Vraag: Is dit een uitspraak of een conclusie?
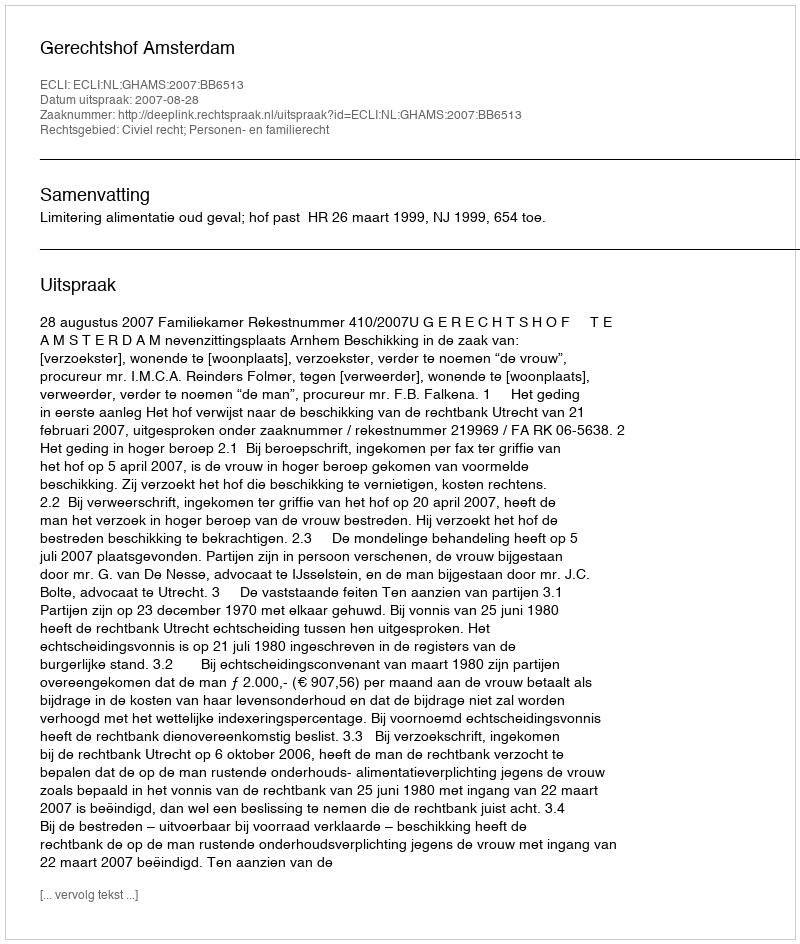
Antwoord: Uitspraak